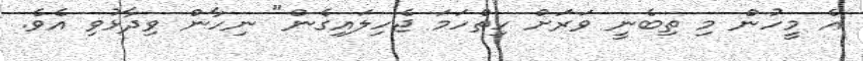
އެ މީހުން މި ތިބެނީ ވަރަށް ހިތްހަމަ ޖެހިލައިގެން" ނިހާން ވިދާޅުވި އެވެ.